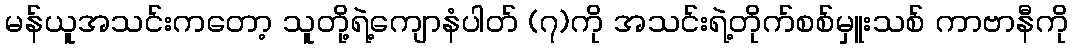
မန်ယူအသင်းကတော့ သူတို့ရဲ့ကျောနံပါတ် (၇)ကို အသင်းရဲ့တိုက်စစ်မှူးသစ် ကာဗာနီကို